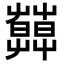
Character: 𦿑